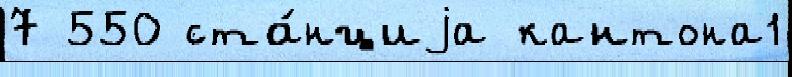
7 550 ста́нциjа кантона1